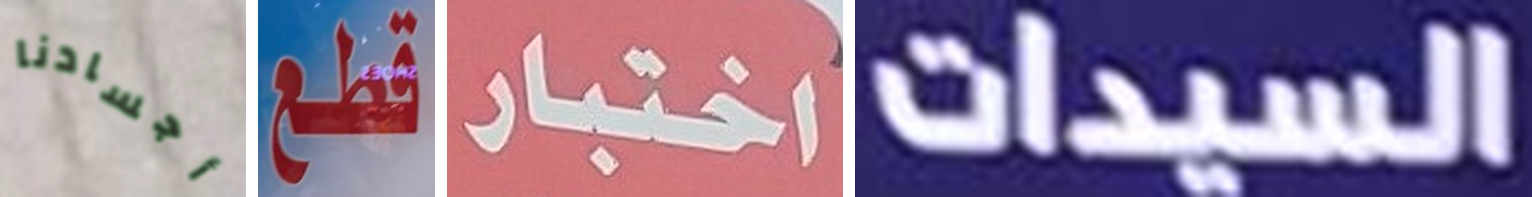
أجسادنا قطع اختبار السيدات